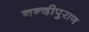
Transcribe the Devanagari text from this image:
नन्दीपुराण